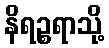
နိရဉ္စရာသို့